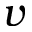
v